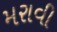
મરાવી